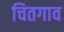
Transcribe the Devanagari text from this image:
चितगाव